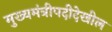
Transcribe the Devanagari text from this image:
मुख्यमंत्रीपदीदेखील